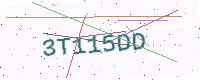
Text: 3T115DD